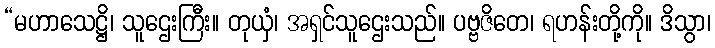
“မဟာသေဋ္ဌိ၊ သူဌေးကြီး။ တုယှံ၊ အရှင်သူဌေးသည်။ ပဗ္ဗဇိတေ၊ ရဟန်းတို့ကို။ ဒိသွာ၊